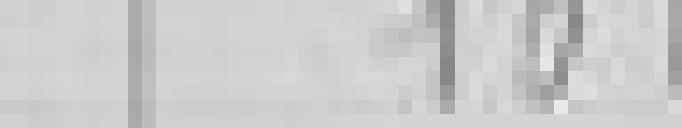
sortie : 10 kilos